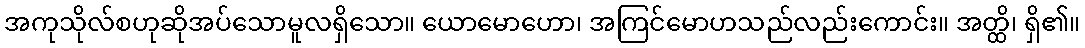
အကုသိုလ်စဟုဆိုအပ်သောမူလရှိသော။ ယောမောဟော၊ အကြင်မောဟသည်လည်းကောင်း။ အတ္ထိ၊ ရှိ၏။